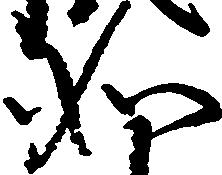
如